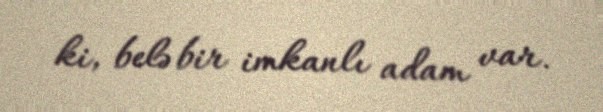
ki, belə bir imkanlı adam var.